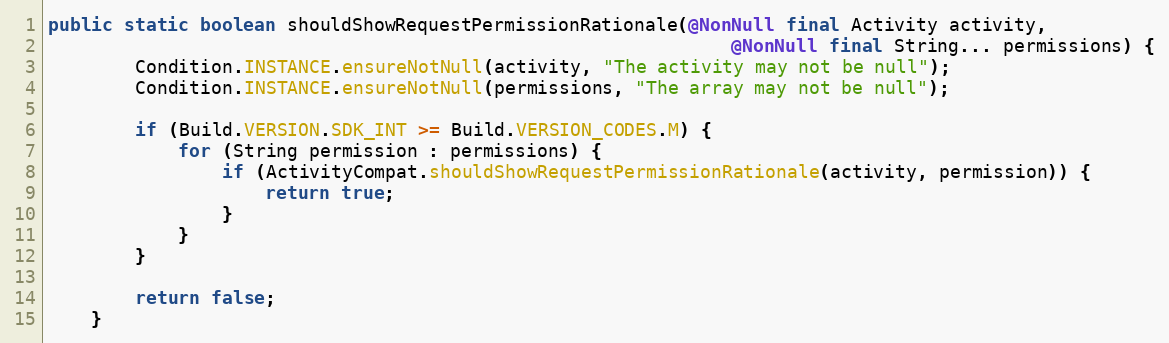
Language: Java
public static boolean shouldShowRequestPermissionRationale(@NonNull final Activity activity,
                                                               @NonNull final String... permissions) {
        Condition.INSTANCE.ensureNotNull(activity, "The activity may not be null");
        Condition.INSTANCE.ensureNotNull(permissions, "The array may not be null");

        if (Build.VERSION.SDK_INT >= Build.VERSION_CODES.M) {
            for (String permission : permissions) {
                if (ActivityCompat.shouldShowRequestPermissionRationale(activity, permission)) {
                    return true;
                }
            }
        }

        return false;
    }